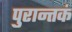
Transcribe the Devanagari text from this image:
पुरान्तकं